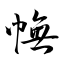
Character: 幠